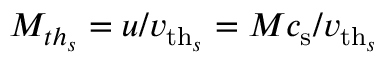
M _ { t h _ { s } } = u / \ensuremath { v _ { \mathrm { t h } _ { s } } } = M \ensuremath { c _ { \mathrm { s } } } / \ensuremath { v _ { \mathrm { t h } _ { s } } }